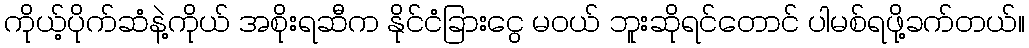
ကိုယ့်ပိုက်ဆံနဲ့ကိုယ် အစိုးရဆီက နိုင်ငံခြားငွေ မဝယ် ဘူးဆိုရင်တောင် ပါမစ်ရဖို့ခက်တယ်။